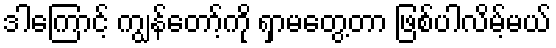
ဒါကြောင့် ကျွန်တော့်ကို ရှာမတွေ့တာ ဖြစ်ပါလိမ့်မယ်